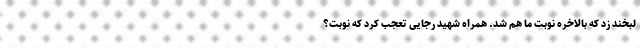
لبخند زد که بالاخره نوبت ما هم شد. همراه شهید رجایی تعجب کرد که نوبت؟